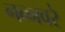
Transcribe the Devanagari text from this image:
नन्नवरे